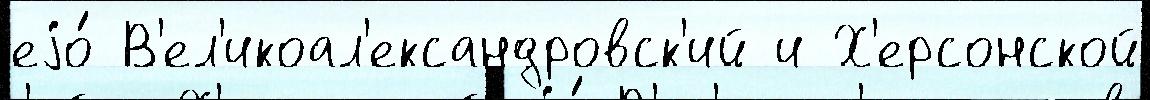
еjо́ В'ел'икоал'ександровск'ий и Х'ерсонской